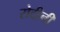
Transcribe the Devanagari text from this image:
रोदीनी